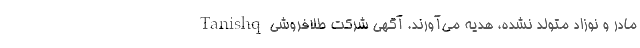
مادر و نوزاد متولد نشده، هدیه می‌آورند. آگهی شرکت طلافروشی Tanishq